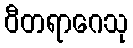
ဝီတရာဂေသု